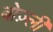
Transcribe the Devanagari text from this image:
बोज़्ली